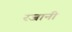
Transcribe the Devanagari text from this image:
रजानी